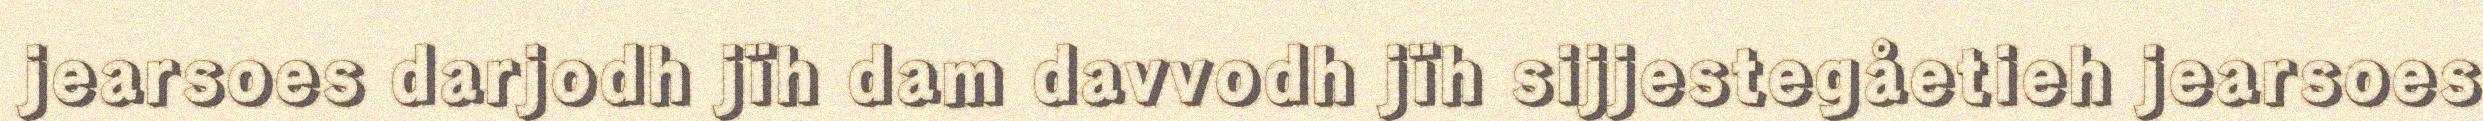
jearsoes darjodh jïh dam davvodh jïh sijjestegåetieh jearsoes